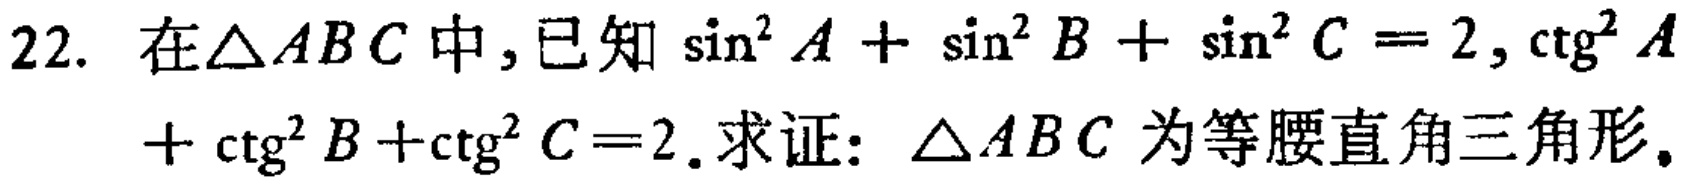
22. 在\(\triangle ABC\)中，已知\(\sin^{2}A + \sin^{2}B + \sin^{2}C = 2\)，\(\cot^{2}A+\cot^{2}B+\cot^{2}C = 2\). 求证：\(\triangle ABC\)为等腰直角三角形。